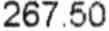
267.50